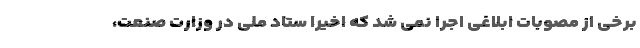
برخی از مصوبات ابلاغی اجرا نمی شد که اخیرا ستاد ملی در وزارت صنعت،